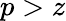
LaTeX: p>z